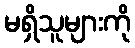
မရှိသူများကို